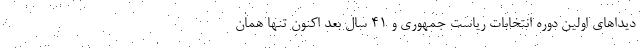
دیداهای اولین دوره انتخابات ریاست جمهوری و 41 سال بعد اکنون تنها همان